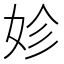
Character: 𡛧